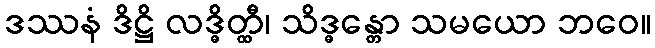
ဒဿနံ ဒိဋ္ဌိ လဒ္ဓိတ္ထီ၊ သိဒ္ဓန္တော သမယော ဘဝေ။